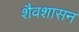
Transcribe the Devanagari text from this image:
शैवशासन